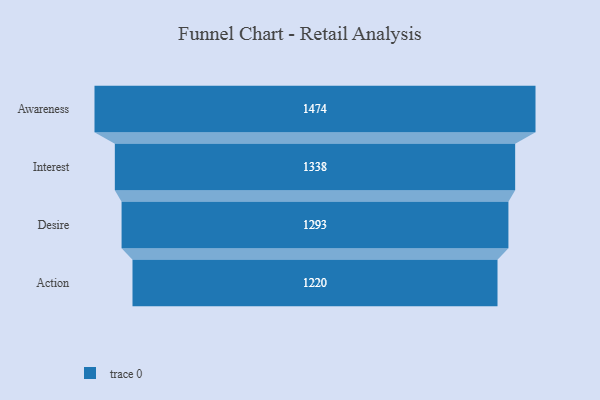
{"axis": {"x": "Stage", "y": "Value"}, "legend": [""], "data": [{"x": "Awareness", "y": 1474.0, "type": ""}, {"x": "Interest", "y": 1338.0, "type": ""}, {"x": "Desire", "y": 1293.0, "type": ""}, {"x": "Action", "y": 1220.0, "type": ""}]}